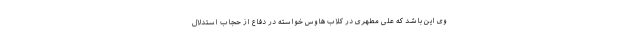
وی این باشد که علی مطهری در کلاب هاوس خواسته در دفاع از حجاب استدلال